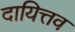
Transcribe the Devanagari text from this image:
दायित्तव